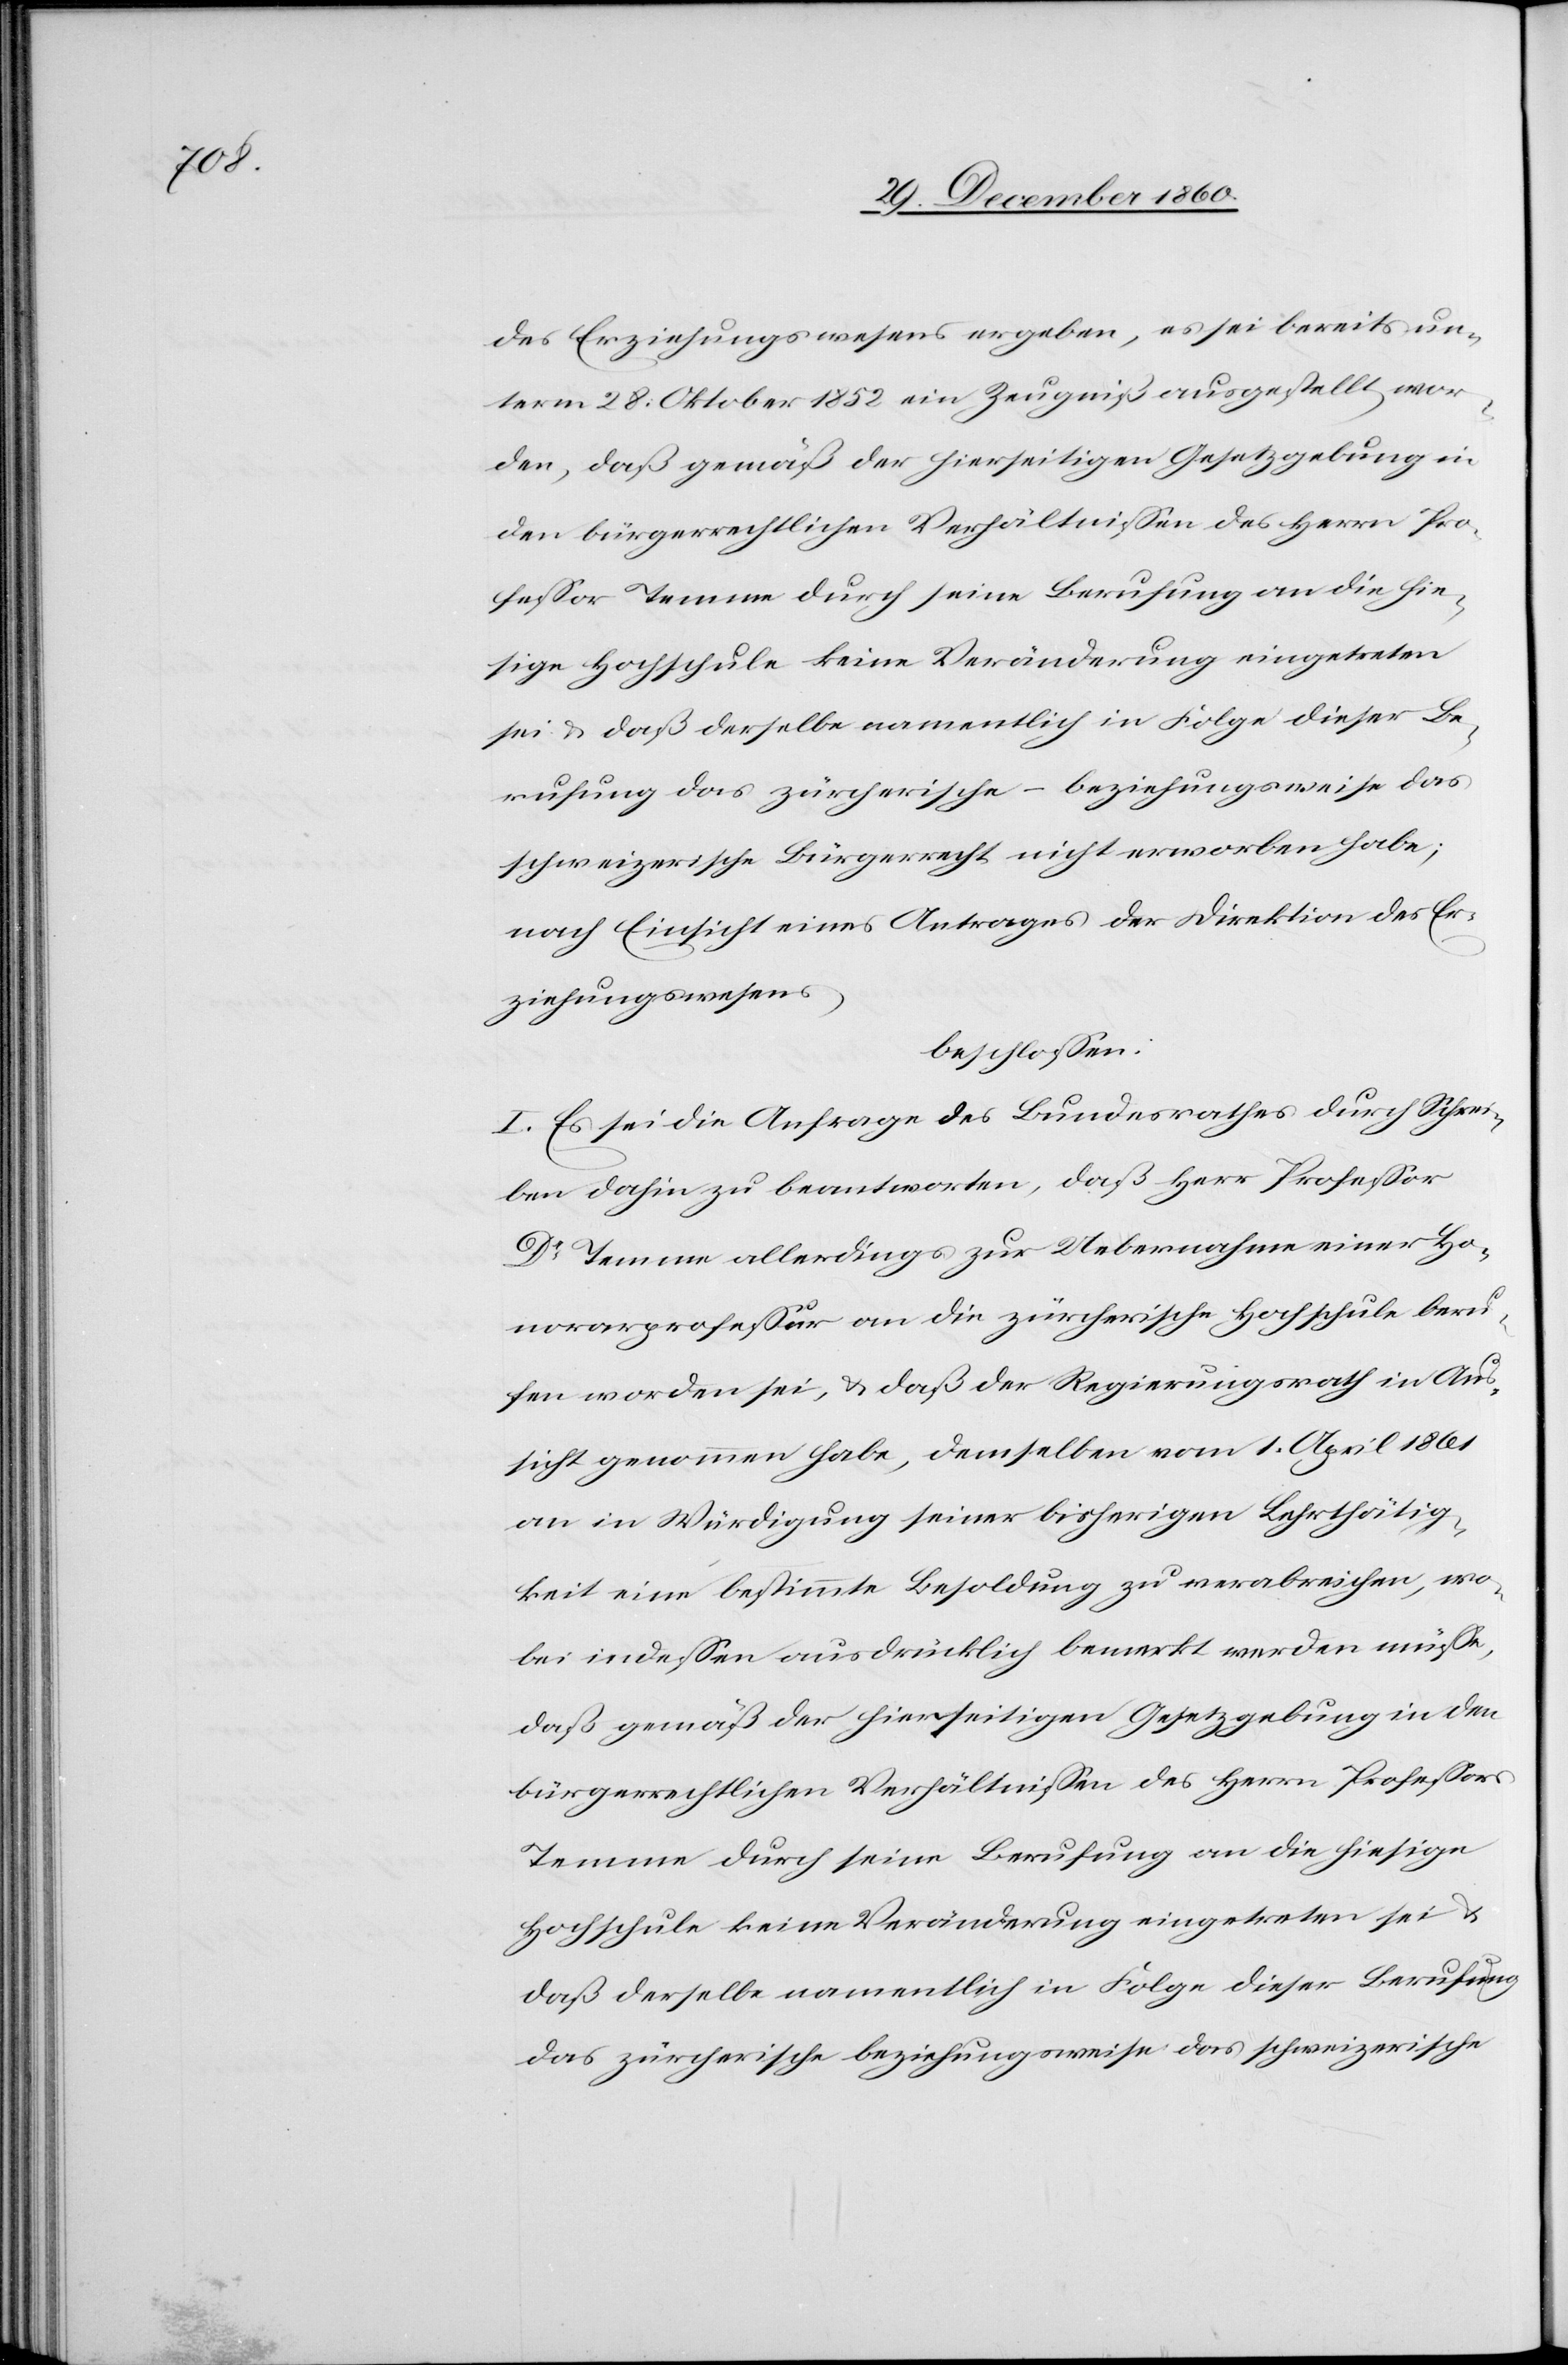
des Erziehungswesens ergeben, es sei bereits un¬
term 28. Oktober 1852 ein Zeugniß ausgestellt wor¬
den, daß gemäß der hierseitigen Gesetzgebung in
den bürgerrechtlichen Verhältnissen des Herrn Pro¬
fessor Temme durch seine Berufung an die hie¬
sige Hochschule keine Veränderung eingetreten
sei u. daß derselbe namentlich in Folge dieser Be¬
rufung das zürcherische – beziehungsweise das
schweizerische Bürgerrecht nicht erworben habe;
nach Einsicht eines Antrages der Direktion des Er¬
ziehungswesens,
beschlossen:
I. Es sei die Anfrage des Bundesrathes durch Schrei¬
ben dahin zu beantworten, daß Herr Professor
Dr Temme allerdings zur Uebernahme einer Ho¬
norarprofessur an die zürcherische Hochschule beru¬
fen worden sei, u. daß der Regierungsrath in Aus¬
sicht genommen habe, demselben vom 1. April 1861
an in Würdigung seiner bisherigen Lehrthätig¬
keit keine bestimmte Besoldung zu verabreichen, wo¬
bei indeß ausdrücklich bemerkt werden müsse,
daß gemäß der hierseitigen Gesetzgebung in den
bürgerrechtlichen Verhältnissen des Herrn Professors
Temme durch seine Berufung an die hiesige
Hochschule keine Veränderung eingetreten sei u.
daß derselbe namentlich in Folge dieser Berufung
das zürcherische beziehungsweise das schweizerische